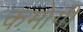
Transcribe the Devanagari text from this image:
कमोगी